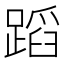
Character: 蹈